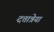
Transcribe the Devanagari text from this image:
दत्तात्रेया